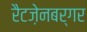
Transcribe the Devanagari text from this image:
रैटज़ेनबर्गर